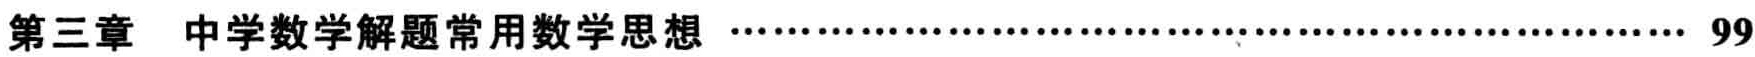
第三章 \quad 中学数学解题常用数学思想 \quad \dotfill 99